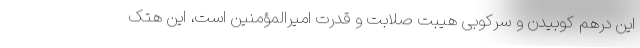
این درهم کوبیدن و سرکوبی هیبت صلابت و قدرت امیرالمؤمنین است، این هتک